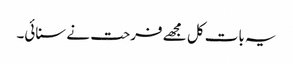
یہ بات کل مجھے فرحت نے سنائی۔